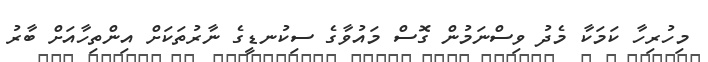
މިހުރިހާ ކަމަކާ މެދު ވިސްނަމުން ގޮސް މައުވާގެ ސިކުނޑީގެ ނާރުތަކަށް އިންތިހާއަށް ބާރު